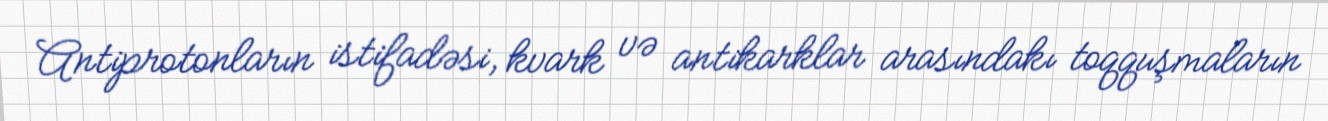
Antiprotonların istifadəsi, kvark və antikarklar arasındakı toqquşmaların